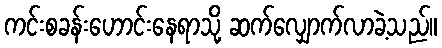
ကင်းစခန်းဟောင်းနေရာသို့ ဆက်လျှောက်လာခဲ့သည်။